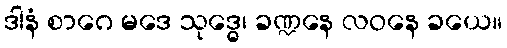
ဒါနံ စာဂေ မဒေ သုဒ္ဓေ၊ ခဏ္ဍနေ လဝနေ ခယေ။